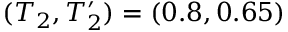
( T _ { 2 } , T _ { 2 } ^ { \prime } ) = ( 0 . 8 , 0 . 6 5 )